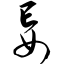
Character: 妄